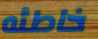
خاطئه